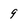
Character: 9